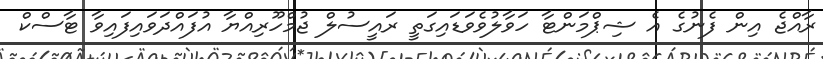
ރާއްޖެ އިން ފެނުގެ އެ ޝިޕްމަންޓާ ހަވާލުވެވަޑައިގަތީ ރައީސުލް ޖުމްހޫރިއްޔާ އުފައްދަވައިފައިވާ ޓާސްކް